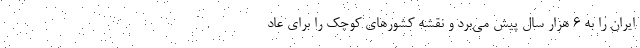
ایران را به ۶ هزار سال پیش می‌برد و نقشه کشورهای کوچک را برای عاد